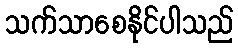
သက်သာစေနိုင်ပါသည်